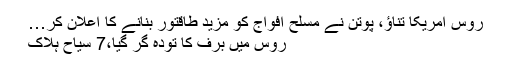
روس امریکا تناؤ، پوتن نے مسلح افواج کو مزید طاقتور بنانے کا اعلان کر…
روس میں برف کا تودہ گر گیا،7 سیاح ہلاک